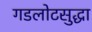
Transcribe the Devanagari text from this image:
गडलोटसुद्धा